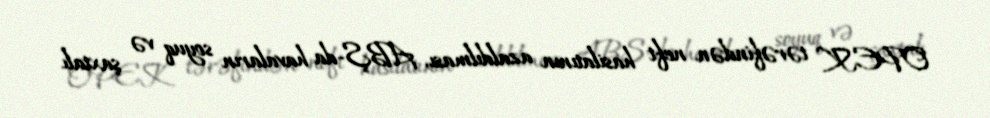
OPEK tərəfindən neft hasilatının azaldılması, ABŞ-da havaların soyuq və şaxtalı